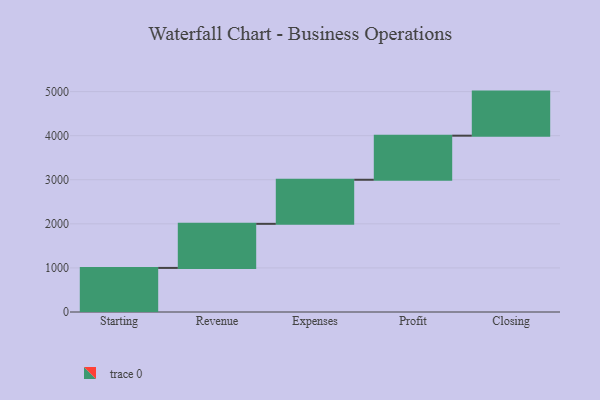
{"axis": {"x": "Step", "y": "Value"}, "legend": [""], "data": [{"x": "Starting", "y": 1000, "type": ""}, {"x": "Revenue", "y": 1000, "type": ""}, {"x": "Expenses", "y": 1000, "type": ""}, {"x": "Profit", "y": 1000, "type": ""}, {"x": "Closing", "y": 1000, "type": ""}]}